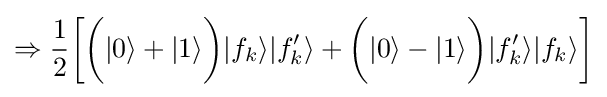
\Rightarrow {\frac {1}{2}}{\bigg [}{\bigg (}|0\rangle +|1\rangle {\bigg )}|f_{k}\rangle |f_{k}'\rangle +{\bigg (}|0\rangle -|1\rangle {\bigg )}|f_{k}'\rangle |f_{k}\rangle {\bigg ]}